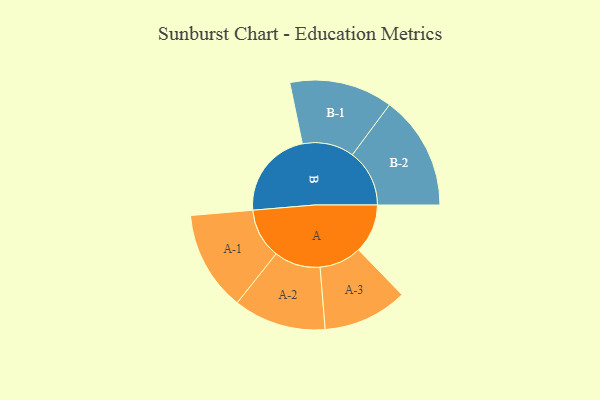
{"axis": {"x": "Segment", "y": "Value"}, "legend": ["", "A", "B"], "data": [{"x": "A", "y": 171, "type": ""}, {"x": "B", "y": 310, "type": ""}, {"x": "A-1", "y": 174, "type": "A"}, {"x": "A-2", "y": 161, "type": "A"}, {"x": "A-3", "y": 147, "type": "A"}, {"x": "B-1", "y": 180, "type": "B"}, {"x": "B-2", "y": 199, "type": "B"}]}